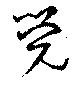
覚